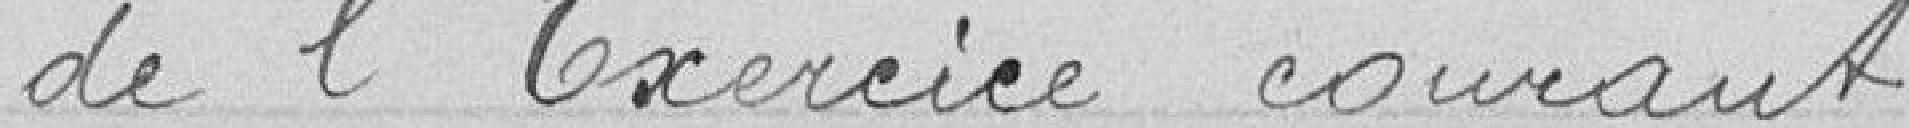
de l'exercice courant.